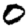
Digit: 0